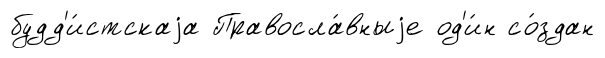
будд'и́стскаjа Правосла́вныjе од'и́н со́здан